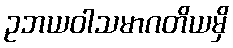
ဥဘယဝါသမာဂတိယမှိ